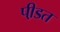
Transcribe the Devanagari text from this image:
पी़डत